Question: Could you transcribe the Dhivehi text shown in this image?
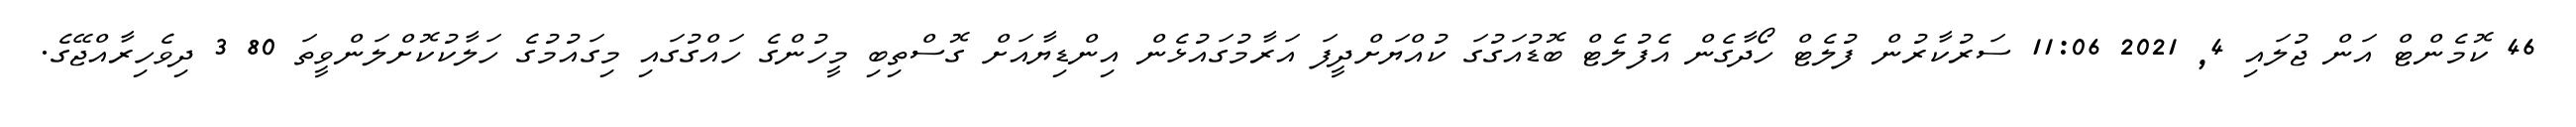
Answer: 46 ކޮމެންޓް އަން ޖުލައި 4, 2021 11:06 ސަރުކާރުން ފުލެޓް ހޯދާގެން އެފުލެޓް ބޮޑުއަގުގަ ކުއްޔަށްދީފަ އަރާމުގައުޅެން އިންޑިޔާއަށް ގޮސްތިބި މީހުންގެ ހައްގުގައި މިގައުމުގެ ހަލާކުކޮށްލަންވީތަ 80 3 ދިވެހިރާއްޖޭގެ.